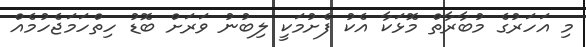
މި އަހަރުގެ މުބާރާތް މޮޅަކާ އެކު ފެށުމަކީ ލިބުނު ވަރަށް ބޮޑު ހިތްހަމަޖެހުމެއް